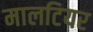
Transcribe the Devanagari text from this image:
मालटियर